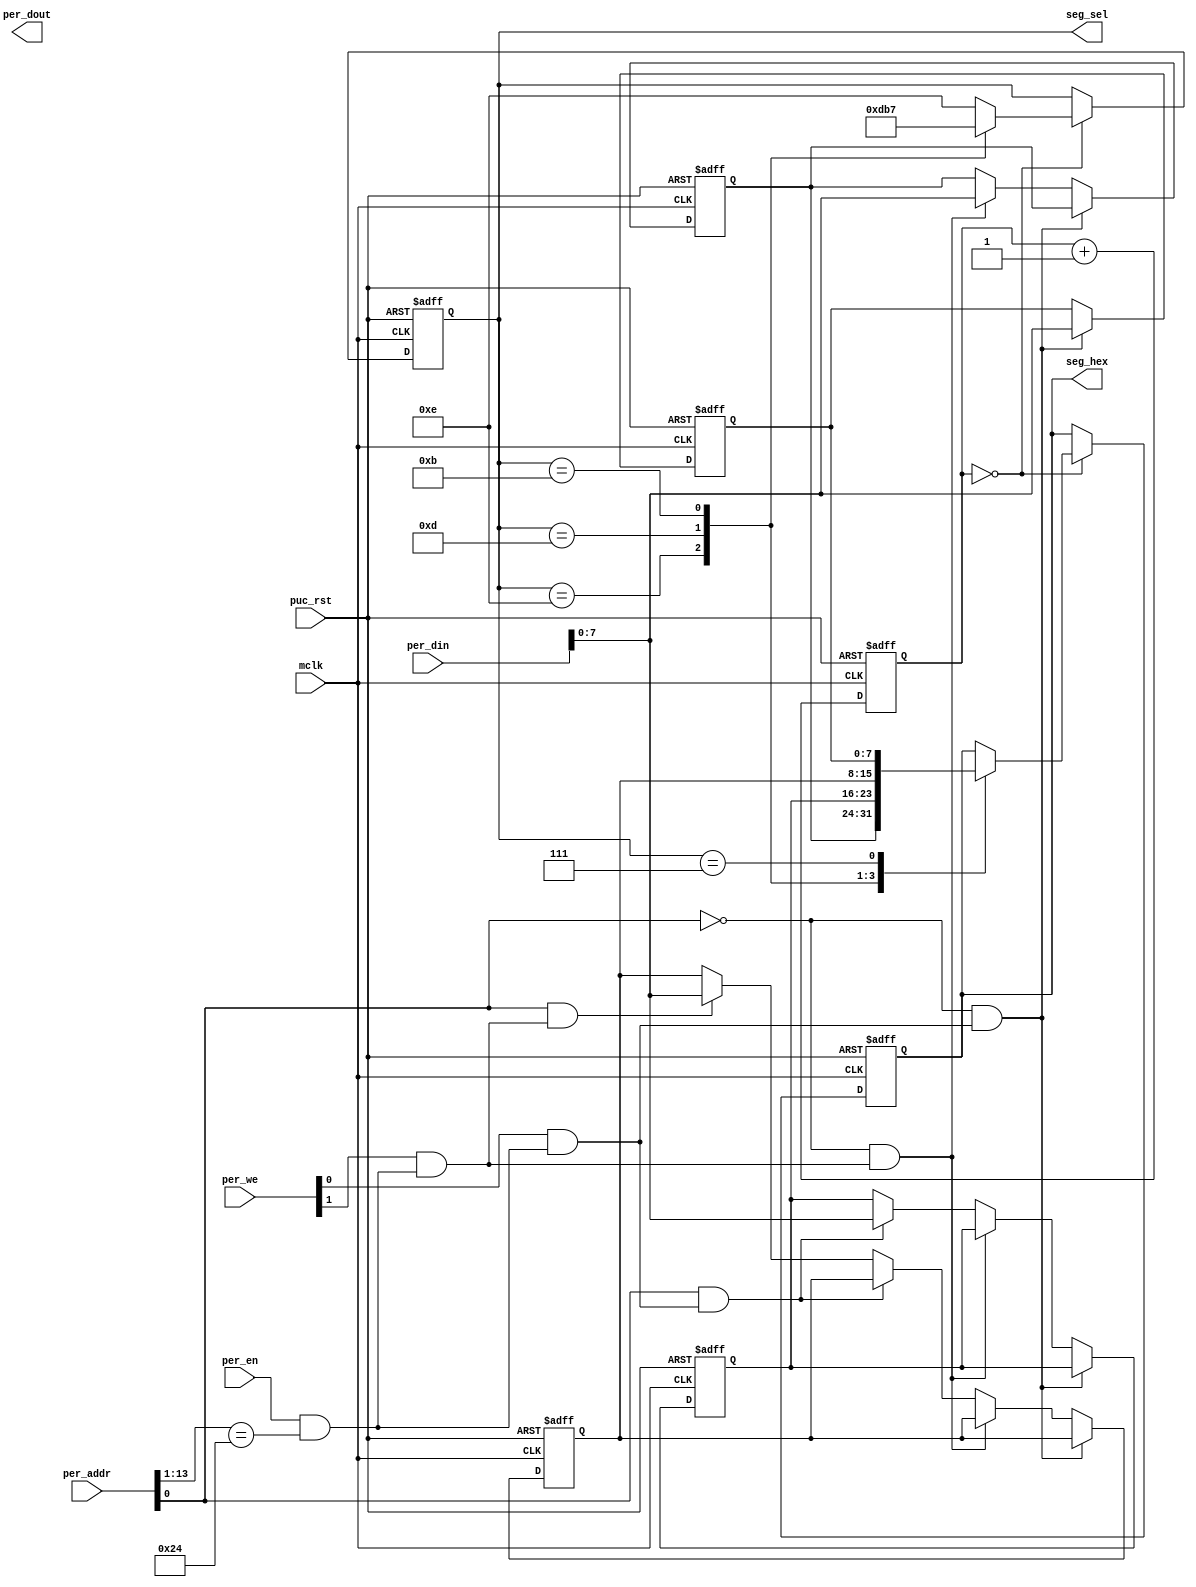
/*
************************************************************************************************
*	Module : 
*	Description :
************************************************************************************************
*/
`timescale 1ns / 100ps
module  seg7 (
    mclk,                           // Main system clock
    puc_rst,                         // Main system reset
    per_addr,                       // Peripheral address
    per_din,                        // Peripheral data input
    per_en,                         // Peripheral enable (high active)
    per_we,                         // Peripheral write enable (high active)
    per_dout,                       // Peripheral data output
	seg_sel,
	seg_hex
);

input              mclk;            // Main system clock
input       [13:0] per_addr;        // Peripheral address
input       [15:0] per_din;         // Peripheral data input
input              per_en;          // Peripheral enable (high active)
input        [1:0] per_we;          // Peripheral write enable (high active)
input              puc_rst;         // Main system reset
output      [15:0] per_dout;        // Peripheral data output
output	reg [3:0]  seg_sel;
output	reg [7:0]  seg_hex;

reg 	[7:0]	hex0, hex1, hex2, hex3;
//=============================================================================
// 1)  PARAMETER DECLARATION
//=============================================================================

// Register base address (must be aligned to decoder bit width)
parameter       [14:0] BASE_ADDR = 15'h0090;

//============================================================================
// 2)  REGISTER DECODER
//============================================================================

// Local register selection
wire              reg_sel      =  per_en & (per_addr[13:1]==BASE_ADDR[14:2]);


// Read/Write probes
wire              reg_lo_write =  per_we[0] & reg_sel;
wire              reg_hi_write =  per_we[1] & reg_sel;
wire              reg_read     = ~|per_we   & reg_sel;

// Read/Write vectors
always@(posedge mclk or posedge puc_rst)
begin
    if(puc_rst)
    begin
        hex0 <= 8'hc0; hex1 <= 8'hf9; hex2 <= 8'ha4; hex3 <= 8'hb0;
    end
    else begin
        if((!per_addr[0]) && reg_lo_write)
            hex0 <= per_din[7:0];
        else if ((!per_addr[0]) && reg_hi_write)
            hex1 <= per_din[7:0];
        else if(per_addr[0] && reg_lo_write)
            hex2 <= per_din[7:0];
        else if (per_addr[0] && reg_hi_write)
            hex3 <= per_din[7:0];
        else;
    end
end

// display delay
reg     [15:0]   delaycnt;
always@(posedge mclk or posedge puc_rst)
    if(puc_rst)
        delaycnt <= 'd0;
    else delaycnt <= delaycnt + 1'b1;

always@(posedge mclk or posedge puc_rst)
	if(puc_rst)
	begin
		seg_sel <= 4'b1110;
		seg_hex <= 8'hff;
	end
	else begin if(delaycnt == 'd0)
		case(seg_sel)
			4'b1110: begin seg_hex <= hex1; seg_sel <= 4'b1101; end
			4'b1101: begin seg_hex <= hex2; seg_sel <= 4'b1011; end
			4'b1011: begin seg_hex <= hex3; seg_sel <= 4'b0111; end
			4'b0111: begin seg_hex <= hex0; seg_sel <= 4'b1110; end
			default : seg_sel <= 4'b1110;
		endcase
	end

endmodule